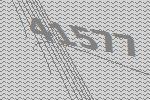
41577